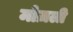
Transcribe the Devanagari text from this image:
मोज़ली